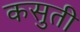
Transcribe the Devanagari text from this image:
कसुती